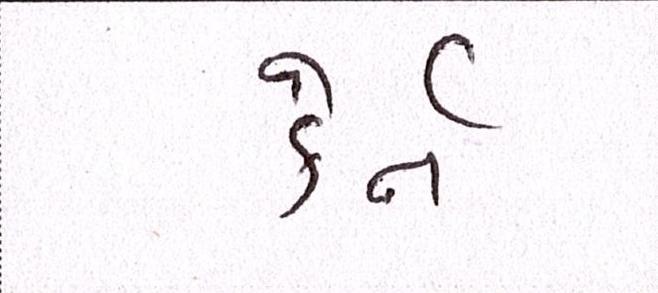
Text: કેર્ન